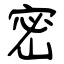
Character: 密